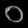
Digit: ၀